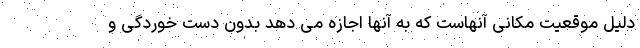
دلیل موقعیت مکانی آنهاست که به آنها اجازه می دهد بدون دست خوردگی و